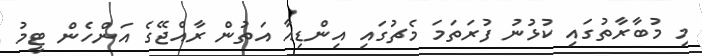
މި މުބާރާތުގައި ކުޅުނު ފުރަތަމަ މެޗުގައި އިންޑިއާ އަތުން ރާއްޖޭގެ އަންހެން ޓީމު